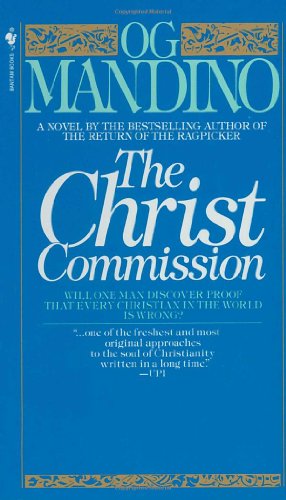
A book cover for The Christ Commission; Og Mandino; Religion & Spirituality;